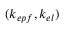
( k _ { e p f } , k _ { e l } )